Civil Veterinary Dept. Bombay admin report 1893-99 - 1893-1899
Year: 1893
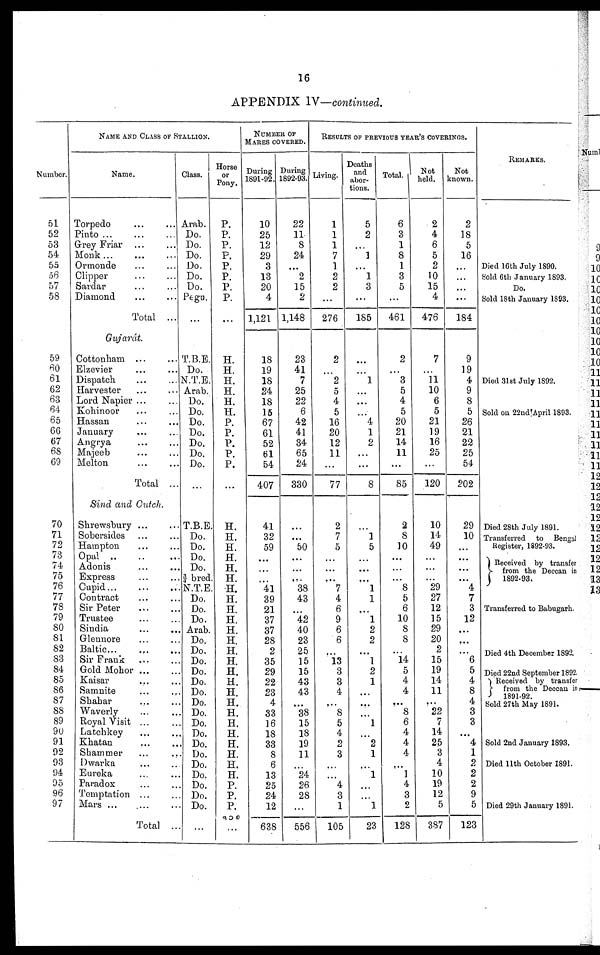
16
APPENDIX IV—continued.
Number.
51
52
53
54
55
56
57
58
59
60
61
62
63
64
65
66
67
68
69
70
71
72
73
74
75
76
77
78
79
80
81
82
83
84
85
86
87
88
89
90
91
92
93
94
95
96
97
NAME AND CLASS OF STALLION.
Name.
Torpedo ... ...
Pinto
...
...
...
Grey Friar ... ...
Monk
...
...
...
Ormonde ... ...
Clipper ... ...
Sardar ... ...
Diamond ... ...
Total ...
Gujarát.
Cottonham ... ...
Elzevier ... ...
Dispatch ... ...
Harvester
Lord Napier ... ...
Kohinoor ... ...
Hassan ... ...
January ... ...
Angrya ... ...
Majeeb ... ...
Melton
...
...
Total ...
Sind and Cutch.
Shrewsbury ... ...
Sobersides ... ...
Hampton ... ...
Opal
...
...
...
Adonis ... ...
Express ... ...
Cupid... ... ...
Contract ... ...
Sir Peter ... ...
Trustee ... ...
Sindia ... ...
Glennore ... ...
Baltic... ... ...
Sir Frank ... ...
Gold
Mohor...
...
Kaisar ... ...
Samnite
...
...
Shahar ... ...
Waverly ... ...
Royal Visit ... ...
Latchkey ... ...
Khatan ... ...
Shammer
...
...
Dwarka ... ...
Eureka ... ...
Paradox ... ...
Temptation ...
Mars ... ... ...
Total ...
Class.
Arab.
Do.
Do.
Do.
Do.
Do.
Do.
Pegu.
...
T.B.E.
Do.
N.T.E.
Arab.
Do.
Do.
Do.
Do.
Do.
Do.
Do.
...
T.B.E.
Do.
Do.
Do.
Do.
¾ bred.
N.T.E.
Do.
Do.
Do.
Arab.
Do.
Do.
Do.
Do.
Do.
Do.
Do.
Do.
Do.
Do.
Do.
Do.
Do.
Do.
Do.
Do.
Do.
...
Horse
or
Pony.
P.
P.
P.
P.
P.
P.
P.
P.
...
H.
H.
H.
H.
H.
H.
P.
P.
P.
P.
P.
...
H.
H.
H.
H.
H.
H.
H.
H.
H.
H.
H.
H.
H.
H.
H.
H.
H.
H.
H.
H.
H.
H.
H.
H.
H.
P.
P.
P.
...
NUMBER OF
MARES COVERED.
During
1891-92.
10
25
12
29
3
13
20
4
1,121
18
19
18
24
18
15
67
61
52
61
54
407
41
32
59
...
...
...
41
39
21
37
37
28
2
35
29
22
23
4
33
16
18
33
8
6
13
25
24
12
638
During
1892-93.
22
11
8
24
...
2
15
2
1,148
23
41
7
25
22
6
42
41
34
65
24
330
...
...
50
...
...
...
38
43
...
42
40
23
25
15
15
43
43
...
38
15
18
19
11
...
24
26
28
...
556
RESULTS OF PREVIOUS YEAR'S COVERINGS.
Living.
1
1
1
7
1
2
2
...
276
2
...
2
5
4
5
16
20
12
11
...
77
2
7
5
...
...
...
7
4
6
9
6
6
...
13
3
3
4
...
8 5
4
2
3
...
...
4
3
1
105
Deaths
and
abor-
tions.
5
2
...
1
...
1
3
...
185
...
...
1
...
...
...
4
1
2
...
...
8
...
1
5
...
...
...
1
1
...
1
2
2
...
1
2
1
...
...
...
1
...
2
1
...
1
...
...
1
23
Total.
6
3
1
8
1
3
5
...
461
2
...
3
5
4
5
20
21
14
11
...
85
2
8
10
...
...
...
8
5
6
10
8
8
...
14
5
4
4
...
8
6
4
4
4
...
1
4
3
2
128
Not
held.
2
4
6
5
2
10
15
4
476
7
...
11
10
6
5
21
19
16
25
...
120
10
14
49
...
...
...
29
27
12
15
29
20
2
15
19
14
11
...
22
7
14
25
3
4
10
19
12
5
387
Not
known.
2
18
5
16
...
...
...
...
184
9
19
4
9
8
5
26
21
22
25
54
202
29
10
...
...
...
...
4
7
3
12
...
...
...
6
5
4
8
4
3
3
...
4
1
2
2
2
9
5
123
REMARKS.
Died 16th July 1890.
Sold 6th January 1893.
Do.
Sold 18th January 1893.
Died 31st July 1892.
Sold on 22nd April 1893.
Died 28th July 1891.
Transferred
to Bengal
Register, 1892-93.
Received by transfer
from the Deccan in
1892-93.
Transferred to Babugarh.
Died 4th December 1892.
Died 22nd September 1892.
Received by transfer
from the Deccan in
1891-92.
Sold 27th May 1891.
Sold 2nd January 1893.
Died 11th October 1891.
Died 29th January 1891.